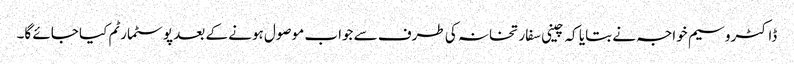
ڈاکٹروسیم خواجہ نے بتایا کہ چینی سفارتخانہ کی طرف سے جواب موصول ہونے کے بعد پوسٹمارٹم کیا جائے گا۔